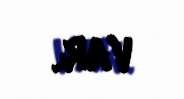
var.